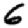
Digit: 6